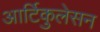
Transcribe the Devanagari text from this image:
आर्टिकुलेसन